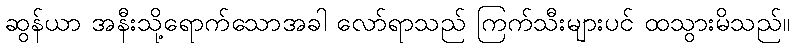
ဆွန်ယာ အနီးသို့ရောက်သောအခါ လော်ရာသည် ကြက်သီးများပင် ထသွားမိသည်။